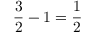
{ \frac { 3 } { 2 } } - 1 = { \frac { 1 } { 2 } }